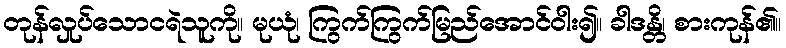
တုန်လှုပ်သောငရဲသူကို။ မုယုံ၊ ကြွက်ကြွက်မြည်အောင်ဝါး၍။ ခါဒန္တိ၊ စားကုန်၏။